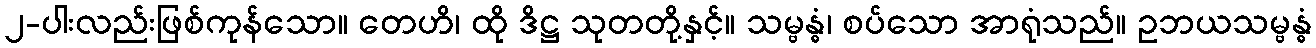
၂-ပါးလည်းဖြစ်ကုန်သော။ တေဟိ၊ ထို ဒိဋ္ဌ သုတတို့နှင့်။ သမ္ဗန္ဓံ၊ စပ်သော အာရုံသည်။ ဥဘယသမ္ဗန္ဓံ